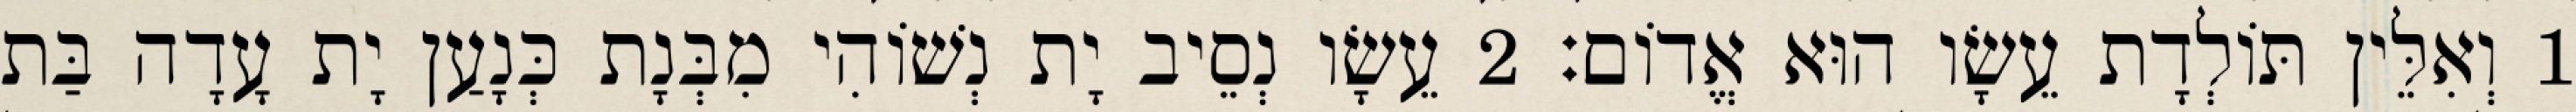
1 וְאִלֵּין תּוֹלְדָת עֵשָׂו הוּא אֱדוֹם׃ 2 עֵשָׂו נְסֵיב יָת נְשׁוֹהִי מִבְּנָת כְּנָעַן יָת עָדָה בַּת